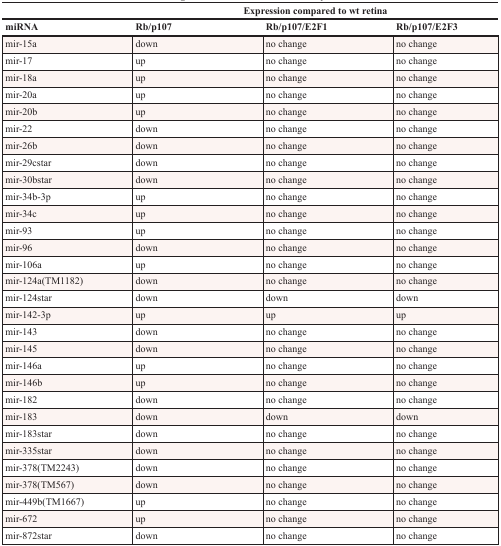
<table><thead><tr><td></td><td></td><td><b>Expression compared to wt retina</b></td><td></td></tr><tr><td><b>miRNA</b></td><td><b>Rb/p107</b></td><td><b>Rb/p107/E2F1</b></td><td><b>Rb/p107/E2F3</b></td></tr></thead><tbody><tr><td>mir-15a</td><td>down</td><td>no change</td><td>no change</td></tr><tr><td>mir-17</td><td>up</td><td>no change</td><td>no change</td></tr><tr><td>mir-18a</td><td>up</td><td>no change</td><td>no change</td></tr><tr><td>mir-20a</td><td>up</td><td>no change</td><td>no change</td></tr><tr><td>mir-20b</td><td>up</td><td>no change</td><td>no change</td></tr><tr><td>mir-22</td><td>down</td><td>no change</td><td>no change</td></tr><tr><td>mir-26b</td><td>down</td><td>no change</td><td>no change</td></tr><tr><td>mir-29cstar</td><td>down</td><td>no change</td><td>no change</td></tr><tr><td>mir-30bstar</td><td>down</td><td>no change</td><td>no change</td></tr><tr><td>mir-34b-3p</td><td>up</td><td>no change</td><td>no change</td></tr><tr><td>mir-34c</td><td>up</td><td>no change</td><td>no change</td></tr><tr><td>mir-93</td><td>up</td><td>no change</td><td>no change</td></tr><tr><td>mir-96</td><td>down</td><td>no change</td><td>no change</td></tr><tr><td>mir-106a</td><td>up</td><td>no change</td><td>no change</td></tr><tr><td>mir-124a(TM1182)</td><td>down</td><td>no change</td><td>no change</td></tr><tr><td>mir-124star</td><td>down</td><td>down</td><td>down</td></tr><tr><td>mir-142-3p</td><td>up</td><td>up</td><td>up</td></tr><tr><td>mir-143</td><td>down</td><td>no change</td><td>no change</td></tr><tr><td>mir-145</td><td>down</td><td>no change</td><td>no change</td></tr><tr><td>mir-146a</td><td>up</td><td>no change</td><td>no change</td></tr><tr><td>mir-146b</td><td>up</td><td>no change</td><td>no change</td></tr><tr><td>mir-182</td><td>down</td><td>no change</td><td>no change</td></tr><tr><td>mir-183</td><td>down</td><td>down</td><td>down</td></tr><tr><td>mir-183star</td><td>down</td><td>no change</td><td>no change</td></tr><tr><td>mir-335star</td><td>down</td><td>no change</td><td>no change</td></tr><tr><td>mir-378(TM2243)</td><td>down</td><td>no change</td><td>no change</td></tr><tr><td>mir-378(TM567)</td><td>down</td><td>no change</td><td>no change</td></tr><tr><td>mir-449b(TM1667)</td><td>up</td><td>no change</td><td>no change</td></tr><tr><td>mir-672</td><td>up</td><td>no change</td><td>no change</td></tr><tr><td>mir-872star</td><td>down</td><td>no change</td><td>no change</td></tr></tbody></table>